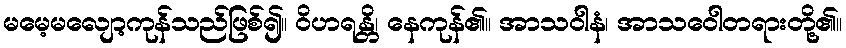
မမေ့မလျော့ကုန်သည်ဖြစ်၍။ ဝိဟရန္တိ၊ နေကုန်၏။ အာသဝါနံ၊ အာသဝေါတရားတို့၏။